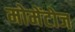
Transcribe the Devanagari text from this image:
मोमेंटोज